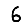
Digit: 6